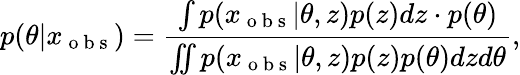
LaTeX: p(\theta|x_{\mathrm{~o~b~s~}})=\frac{\int p(x_{\mathrm{~o~b~s~}}|\theta,z)p(z)dz\cdot p(\theta)}{\iint p(x_{\mathrm{~o~b~s~}}|\theta,z)p(z)p(\theta)dzd\theta},